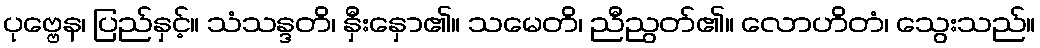
ပုဗ္ဗေန၊ ပြည်နှင့်။ သံသန္ဒတိ၊ နှီးနှော၏။ သမေတိ၊ ညီညွတ်၏။ လောဟိတံ၊ သွေးသည်။